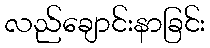
လည်ချောင်းနာခြင်း